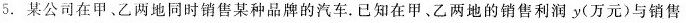
5.某公司在甲、乙两地同时销售某种品牌的汽车。已知在甲、乙两地的销售利润y(万元)与销售